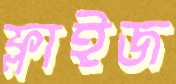
ফ্লাইজ